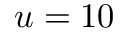
u = 1 0